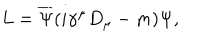
L = \overline { { { \Psi } } } ( i \gamma ^ { \mu } D _ { \mu } - m ) \Psi ,